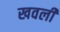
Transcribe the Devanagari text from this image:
खवली